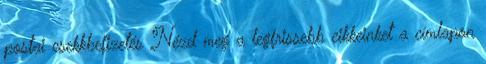
postai csekkbefizetés Nézd meg a legfrissebb cikkeinket a címlapon